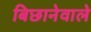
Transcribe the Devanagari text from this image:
बिछानेवाले